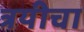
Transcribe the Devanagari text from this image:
त्रयीचा